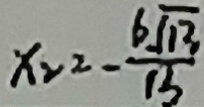
x _ { 2 } = - \frac { 6 \sqrt { 1 3 } } { 1 3 }